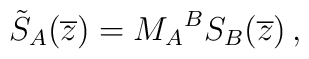
\tilde{S}_A(\overline{z}) = {M_A}^B S_B(\overline{z})\, ,